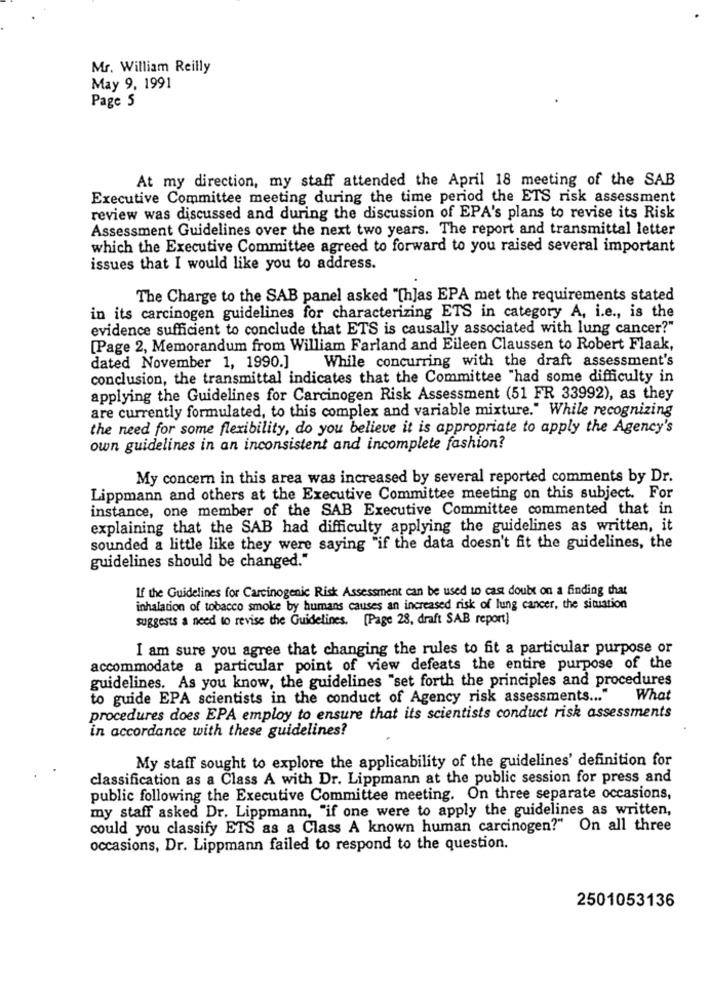
Mr. William Reilly
May 9, 1991
Page 5
At my direction, my staff attended the April 18 meeting of the SAB
Executive Committee meeting during the time period the ETS risk assessment
review was discussed and during the discussion of EPA's plans to revise its Risk
Assessment Guidelines over the next two years. The report and transmittal letter
which the Executive Committee agreed to forward to you raised several important
issues that I would like you to address.
The Charge to the SAB panel asked "[h]as EPA met the requirements stated
in its carcinogen guidelines for characterizing ETS in category A, i.e ., is the
evidence sufficient to conclude that ETS is causally associated with lung cancer?"
[Page 2, Memorandum from William Farland and Eileen Claussen to Robert Flaak,
While concurring with the draft assessment's
dated November 1, 1990.]
conclusion, the transmittal indicates that the Committee "had some difficulty in
applying the Guidelines for Carcinogen Risk Assessment (51 FR 33992), as they
are currently formulated, to this complex and variable mixture." While recognizing
the need for some flexibility, do you believe it is appropriate to apply the Agency's
own guidelines in an inconsistent and incomplete fashion?
My concern in this area was increased by several reported comments by Dr.
Lippmann and others at the Executive Committee meeting on this subject. For
instance, one member of the SAB Executive Committee commented that in
explaining that the SAB had difficulty applying the guidelines as written, it
sounded a little like they were saying "if the data doesn't fit the guidelines, the
guidelines should be changed."
If the Guidelines for Carcinogenic Risk Assessment can be used to cast doubt on a finding that
inhalation of tobacco smoke by humans causes an increased risk of lung cancer, the situation
suggests a need to revise the Guidelines. [Page 28, draft SAB report)
I am sure you agree that changing the rules to fit a particular purpose or
accommodate a particular point of view defeats the entire purpose of the
guidelines. As you know, the guidelines "set forth the principles and procedures
to guide EPA scientists in the conduct of Agency risk assessments ... "
What
procedures does EPA employ to ensure that its scientists conduct risk assessments
in accordance with these guidelines?
My staff sought to explore the applicability of the guidelines' definition for
classification as a Class A with Dr. Lippmann at the public session for press and
public following the Executive Committee meeting. On three separate occasions,
my staff asked Dr. Lippmann, "if one were to apply the guidelines as written,
could you classify ETS as a Class A known human carcinogen?" On all three
occasions, Dr. Lippmann failed to respond to the question.
2501053136